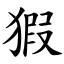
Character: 猳